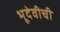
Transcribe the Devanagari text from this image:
भूदेवीची